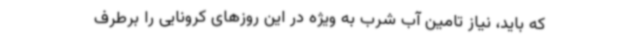
که باید، نیاز تامین آب شرب به ویژه در این روزهای کرونایی را برطرف